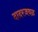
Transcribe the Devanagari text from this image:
दादरजवळ